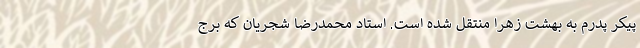
پیکر پدرم به بهشت زهرا منتقل شده است. استاد محمدرضا شجریان که برج